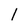
Character: 1